Report on horse surra - Volume II, Part II
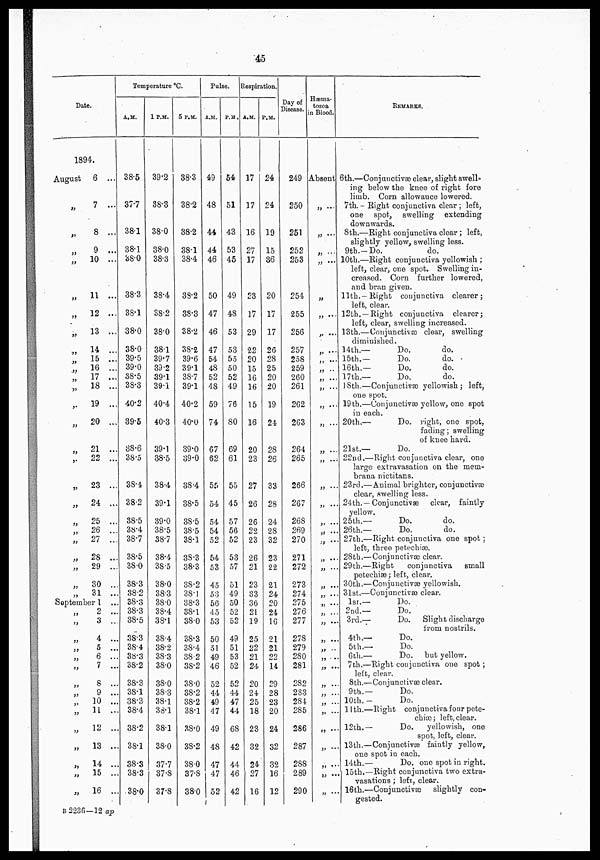
45
Date.
1894.
August
„
„
„
„
„
„
„
'„
„
„
„
„
„
„
„
„
„
„
„
„
„
„
„
„
„
6 ...
7 ...
8 ...
9 ...
10 ...
11 ...
12 ...
13 ...
14 ...
15 ...
16 ...
17 ...
18 ...
19 ...
20 ...
21 ...
22 ...
23 ...
24 ...
25 ...
26 ...
27 ...
28 ...
29 ...
30 ...
31 ...
September 1
„
„
„
„
„
„
„
„
„
„
„
„
„
„
„
2 ...
3 ...
4 ...
5 ...
6 ...
7 ...
8 ...
9 ...
10 ...
11 ...
12 ...
13 ...
14 ...
15 ...
16 ..
Temperature °C.
A.M.
38.5
37.7
38.1
38.1
38.0
38.3
38.1
38.0
38.0
39.5
39.0
38.5
38.3
40.2
39.5
38.6
38.5
38.4
38.2
38.5
38.4
38.7
38.5
38.0
38.3
38.2
38.3
38.3
38.5
38.3
38.4
38.3
38.2
38.3
38.1
38.3
38.4
38.2
38.1
38.3
38.3
38.0
1P.M.
39.2
38.3
38.0
38.0
38.3
38.4
38.2
38.0
381
39.7
39.2
39.1
39.1
40.4
40.3
39.1
38.5
38.4
39.1
39.0
38.5
38.7
38.4
38.5
38.0
38.3
38.0
38.4
38.1
38.4
38.2
38.3
38.0
38.0
383
38.1
38.1
38.1
38.0
37.7
37.8
37.8
0 P.M.
38.3
38.2
38.2
38.1
38.4
33.2
38.3
38.2
38.2
39.6
39.1
38.7
39.1
40.2
40.0
89.0
39.0
38.4
38.5
38.5
38.5
38.1
38.3
38.3
38.2
38.1
38.3
38.1
38.0
38.3
38.4
38.2
38.2
38.0
38.2
38.2
38.1
38.0
38.2
380
37.8
38.0
Pulse.
Respiration.
A.M.
49
48
44
44
46
50
47
46
47
54
48
52
48
59
74
67
62
55
54
54
54
52
54
53
45
53
56
45
53
50
51
49
46
52
44
49
47
49
48
47
47
52
P.M.
54
51
43
53
45
49
48
53
53
55
50
52
49
76
80
69
61
55
45
57
56
52
53
57
51
49
50
52
52
49
51
53
52
52
44
47
44
68
42
44
46
42
A.M.
17
17
16
27
17
28
17
29
22
20
15
16
16
15
16
20
23
27
26
26
22
23
26
21
23
33
36
21
19
25
22
21
24
20
24
25
18
23
32
24
27
16
P.M.
24
24
19
15
36
20
17
17
26
28
25
20
20
19
24
28
26
33
28
24
28
32
23
22
21
24
20
24
16
21
21
22
14
29
28
23
20
24
32
32
16
12
Day of
Hæma
tozoa
Disease. in Blood
249 Absent
250
251
252
253
254
255
256
257
258
259
260
261
262
263
264
265
266
267
268
269
270
271
272
273
274
275
276
277
278
279
280
281
282
283
284
285
286
287
288
289
290
„ ....
„ ....
„ ....
„ ....
„
„ ....
„ ....
„ .....
„ .....
„ ....
„ ....
„ ...
„ ...
„ .....
„ ....
„ ....
„ .....
„ ....
„ ...
„ ...
„ ....
„ ....
„ ...
„ ....
„ ...
„ ....
„ ...
„ ....
„ ...
„ ...
„ ....
„ ....
„ ....
„ ....
„ ....
„ ....
„ ....
„ ....
„ ....
„ ...
„ ....
REMARKS.
6th.—Conjunctivæ clear, slight swell-
ing below the knee of right fore
limb. Corn allowance lowered.
7th. . Right conjunctiva clear ; left,
one spot, swelling extending
downwards.
8th.—Right conjunctiva clear; left,
slightly yellow, swelling less.
9th..Do.
do.
10th.—Right conjunctiva yellowish;
left, clear, one spot. Swelling in-
creased. Corn further lowered,
and bran given.
11th..Right conjunctiva clearer;
left, clear.
12th. —Right conjunctiva clearer;
left, clear, swelling increased.
13th.—Conjunctivæ clear, swelling
diminished.
14th.—
Do.
do.
15th.—
Do.
do.
16th.—
Do.
do.
17th.—
Do.
do.
18th.—Conjunctivæ yellowish ; left,
one spot.
19th.—Conjunctivæ yellow, one spot
in each.
20th.—
Do. right, one spot,
fading; swelling
of knee hard.
21st.—
Do.
22nd.—Right conjunctiva clear, one
large extravasation on the mem.
brana nictitans.
23rd.—Animal brighter, conjunctivæ
clear, swelling less.
24th.—Conjunctivæ
clear, faintly
yellow.
25th.—
Do.
do.
26th.—
Do.
do.
27th.—Right conjunctiva one spot ;
left, three petechia).
28th.— Conjunctivæ clear.
29th.—Right
conjunctiva
small
petechiæ; left, clear.
30th.—Conjunctivæ yellowish.
3lst.—Conjunctivæ clear.
lsr.—
Do.
2nd.—
Do.
3 rd.—
Do. Slight discharge
from nostrils.
4th.—
Do.
5th.—
Do.
6th.—
Do. but yellow.
7th.—Right conjunctiva one spot ;
left, clear.
8th.—Conjunctivæ clear.
9th.—
Do.
10th. .
Do.
11 th.—Right conjunctiva four pete-
chia); left, clear.
12th.—
Do.
yellowish, one
spot, left, clear.
13th.—Conjunctivæ faintly yellow,
one spot in each.
14th.—
Do. one spot in right.
15th.—Right conjunctiva two extra-
vasations ; left, clear.
16th.—Conjunctivæ
slightly con-
gested.
B 2236—12 ap